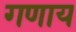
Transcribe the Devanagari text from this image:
गणाय